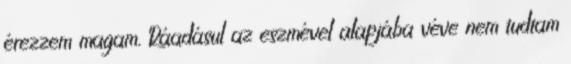
érezzem magam. Ráadásul az eszmével alapjába véve nem tudtam